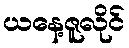
ယနေ့ဇူလိုင်